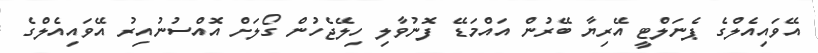
އޭވައިއެލްގެ ޕެނަލްޓީ އޭރިޔާ ބޭރުން އައްމަޑޭ ފޮނުވާލި ހިލޭޖެހުން ގޯލަށް އޮއްސުނުއިރު އޭވައިއެލްގެ